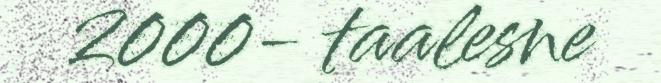
2000- taalesne